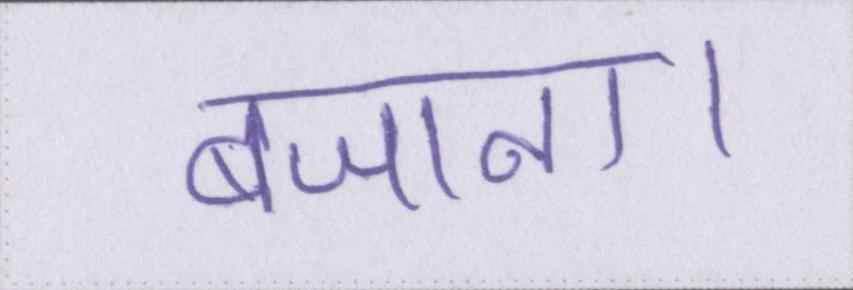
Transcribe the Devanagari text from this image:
बजाना।